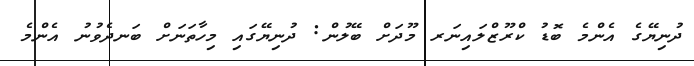
ދުނިޔޭގެ އެންމެ ބޮޑު ކްރޫޒްލައިނަރ މޫދަށް ބޭލުން: ދުނިޔޭގައި މިހާތަނަށް ބަނދެވުނު އެންމެ